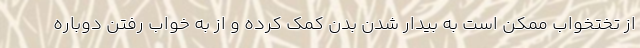
از تختخواب ممکن است به بیدار شدن بدن کمک کرده و از به خواب رفتن دوباره